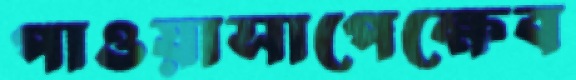
পাওয়াসাপেক্ষেব